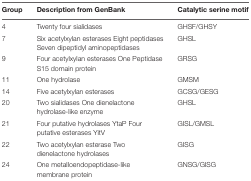
<table><thead><tr><td><b>Group</b></td><td><b>Description from GenBank</b></td><td><b>Catalytic serine motif</b></td></tr></thead><tbody><tr><td>4</td><td>Twenty four sialidases</td><td>GHSF/GHSY</td></tr><tr><td>7</td><td>Six acetylxylan esterases Eight peptidases Seven dipeptidyl aminopeptidases</td><td>GHSL</td></tr><tr><td>9</td><td>Four acetylxylan esterases One Peptidase S15 domain protein</td><td>GRSG</td></tr><tr><td>11</td><td>One hydrolase</td><td>GMSM</td></tr><tr><td>14</td><td>Five acetylxylan esterases</td><td>GCSG/GESG</td></tr><tr><td>20</td><td>Two sialidases One dienelactone hydrolase-like enzyme</td><td>GHSL</td></tr><tr><td>21</td><td>Four putative hydrolases YtaP Four putative esterases YitV</td><td>GISL/GMSL</td></tr><tr><td>22</td><td>Two acetylxylan esterase Two dienelactone hydrolases</td><td>GISG</td></tr><tr><td>24</td><td>One metalloendopeptidase-like membrane protein</td><td>GNSG/GISG</td></tr></tbody></table>